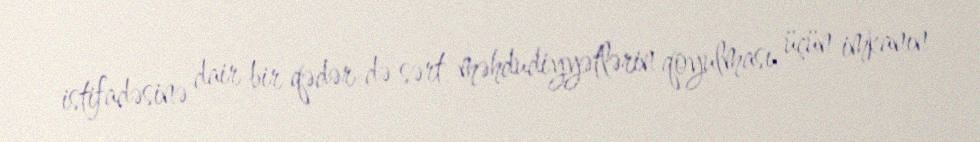
istifadəsinə dair bir qədər də sərt məhdudiyyətlərin qoyulması üçün imkanın